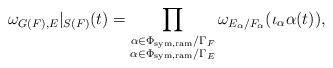
LaTeX: \begin{align*}\omega_{G(F),E}|_{S(F)}(t)=\prod \limits_{\substack{\alpha\in \Phi_{\mathrm{sym,ram}}/\Gamma_F\\ \alpha \in \Phi_{\mathrm{sym,ram}}/\Gamma_E}}\omega_{E_{\alpha}/F_\alpha}(\iota_{\alpha} \alpha(t)),\end{align*}